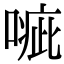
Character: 𠹂